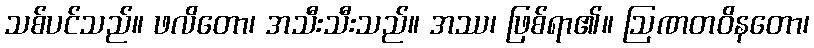
သစ်ပင်သည်။ ဖလိတော၊ အသီးသီးသည်။ အဿ၊ ဖြစ်ရာ၏။ ဩဏတဝိနတော၊